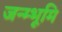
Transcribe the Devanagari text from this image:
जन्म्भूमि